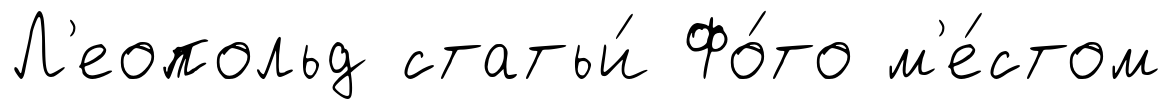
Л'еопольд статьи́ Фо́то м'е́стом